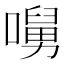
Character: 𡀭